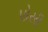
પોસી